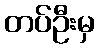
တပ်ဦးမှ